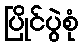
ပြိုင်ပွဲစုံ